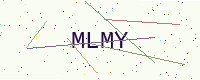
Text: MLMY